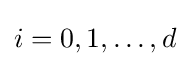
i=0,1,\dots ,d